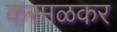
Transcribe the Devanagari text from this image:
करमळकर